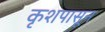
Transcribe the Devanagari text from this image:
कृशपासून